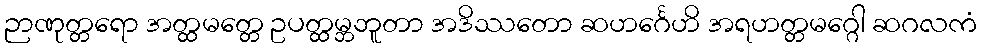
ဉာဏုတ္တရော အတ္ထမတ္တေ ဥပတ္ထမ္ဘဘူတာ အဒိဿတော ဆဟင်္ဂေဟိ အရဟတ္တမဂ္ဂေါ ဆဂလကံ